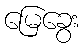
မြေခွေး